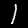
Digit: 1